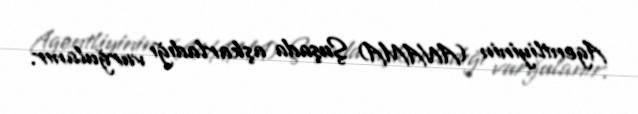
Agentliyinin (ANAMA) Şuşada aşkarladığı vurğulanır.